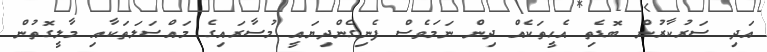
އަދި ސަރުކާރުން ބޮޑެތި އެހީތަކެއް ދިން ނަމަވެސް ފެނިގެންދިޔައީ މުސާރައިގެ މައްސަލަތަކާއި މާލީގޮތުން